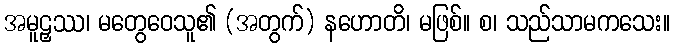
အမူဠှဿ၊ မတွေဝေသူ၏ (အတွက်) နဟောတိ၊ မဖြစ်။ စ၊ သည်သာမကသေး။